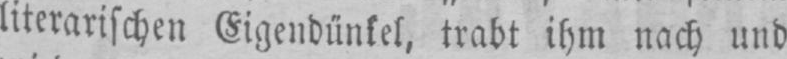
literarischen Eigendünkel, trabt ihm nach und